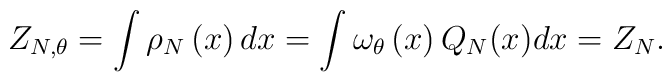
Z_{N,\theta }=\int \rho _{N}\left( x\right) dx=\int\omega _{\theta }\left(x\right) Q_{N}(x)dx=Z_{N}.